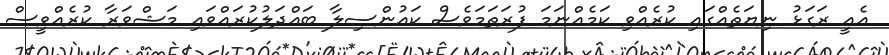
އެއީ ރަގަޅު ނިޔަތެއްގައި ކުރެއްވި ކަމެއްނަމަ ފުރަތަމަވެސް ކައުންސިލާ ބައްދަލުކުރައްވައި މަޝްވަރާ ކުރެއްވީސް